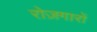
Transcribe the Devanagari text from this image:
रोज़गारों